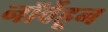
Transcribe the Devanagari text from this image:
नॉर्वेहून